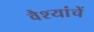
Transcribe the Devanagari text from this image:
वैश्यांचें